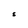
Character: S